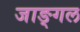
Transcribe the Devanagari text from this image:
जाङ्गल